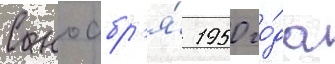
С ноабр'я́ 1950 го́да